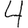
Digit: 4